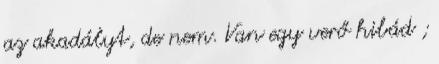
az akadályt, de nem. Van egy verő hibád ;